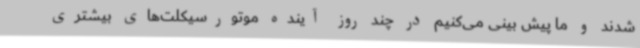
شدند و ما پیش بینی می‌کنیم در چند روز آینده موتورسیکلت‌های بیشتری